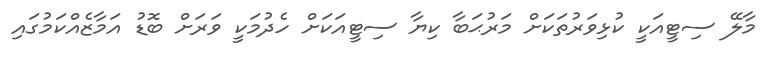
މާލޭ ސިޓީއަކީ ކުޅިވަރުތަކަށް މަރުޙަބާ ކިޔާ ސިޓީއަކަށް ހެދުމަކީ ވަރަށް ބޮޑު އަމާޒެއްކަމުގައި